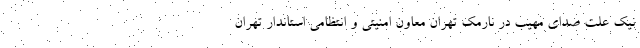
نیک علت صدای مهیب در نارمک تهران معاون امنیتی و انتظامی استاندار تهران